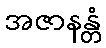
အဇာနန္တံ